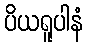
ပိယရူပါနံ